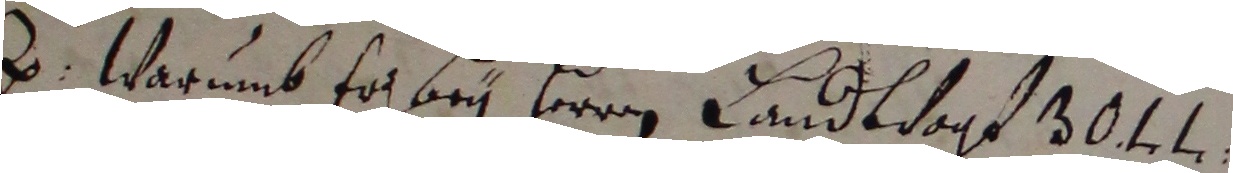
3. warumb er bey herrn landtvogt 30tt.